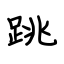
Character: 跳